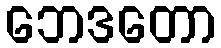
ဘေဒတော